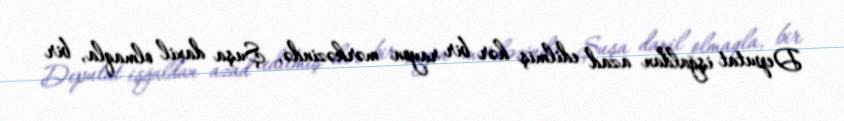
Deputat işğaldan azad edilmiş hər bir rayon mərkəzində, Şuşa daxil olmaqla, bir